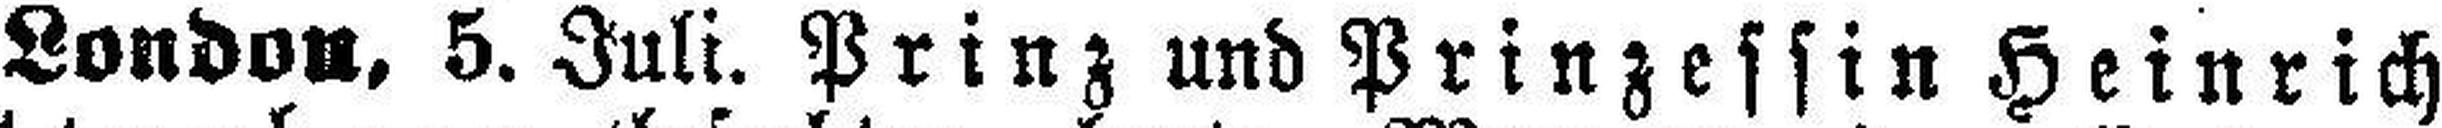
London, 5. Juli. Prinz und Prinzessin Heinrich